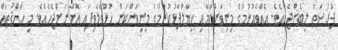
ފުރުސަތު ލިބެންޖެހެއެވެ. އެއްވެއުޅުމުގެ މިނިވަންކަމާއި ޚިޔާލުފާޅުކުރުމުގެ މިނިވަންކަން ހުޅުވާލެވިފައި އޮންނަންޖެހެއެވެ. މި ޙައްޤުތައް